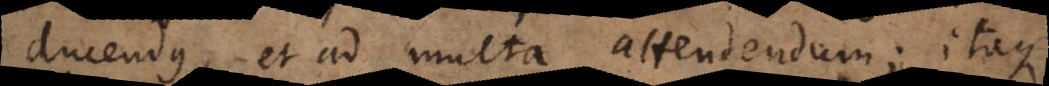
ducendus, et ad multa attendendum; itaque